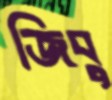
জিবু